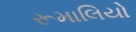
રૂમાલિયો